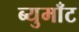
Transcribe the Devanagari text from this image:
ब्युमाँट